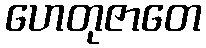
ဟေတုဇာတေ